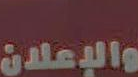
والإعلان